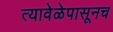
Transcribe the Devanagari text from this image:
त्यावेळेपासूनच